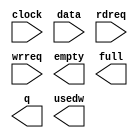
module fifo16 (
	clock,
	data,
	rdreq,
	wrreq,
	empty,
	full,
	q,
	usedw);

	input	  clock;
	input	[7:0]  data;
	input	  rdreq;
	input	  wrreq;
	output	  empty;
	output	  full;
	output	[7:0]  q;
	output	[4:0]  usedw;

endmodule